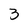
Character: 3